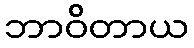
ဘာဝိတာယ